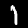
Digit: 1